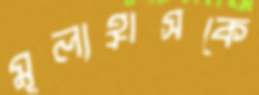
মূল্যহ্রাসকে